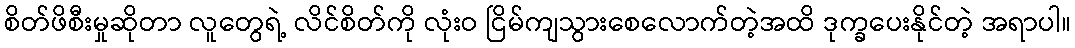
စိတ်ဖိစီးမှုဆိုတာ လူတွေရဲ့ လိင်စိတ်ကို လုံးဝ ငြိမ်ကျသွားစေလောက်တဲ့အထိ ဒုက္ခပေးနိုင်တဲ့ အရာပါ။